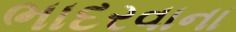
ભાદરવાના